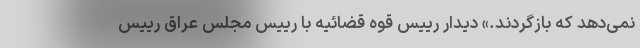
نمی‌دهد که باز‌گردند.» دیدار رییس قوه قضائیه با رییس مجلس عراق رییس